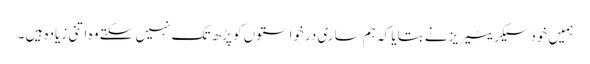
ہمیں خود سیکریٹیریز نے بتایا کہ ہم ساری درخواستوں کو پڑھ تک نہیں سکتے وہ اتنی زیادہ ہیں ۔